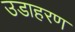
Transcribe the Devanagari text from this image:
उडाहरण